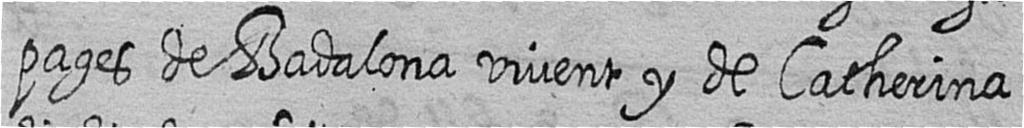
pages de Badalona vivent y de Catherina